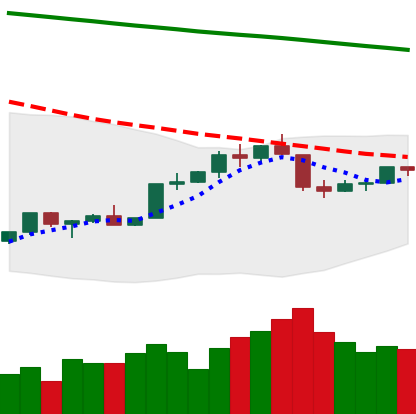
Ticker: TRX-USD
Chart end date: 2022-02-16
Forward return: -10.299%
Label: down_7plus